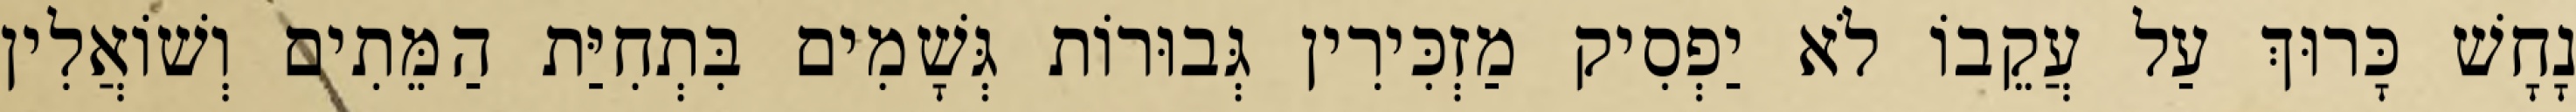
נָחָשׁ כָּרוּךְ עַל עֲקֵבוֹ לֹא יַפְסִיק מַזְכִּירִין גְּבוּרוֹת גְּשָׁמִים בִּתְחִיַּת הַמֵּתִים וְשׁוֹאֲלִין